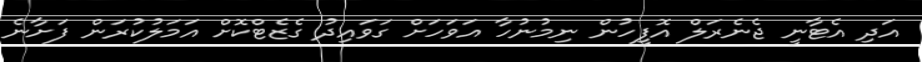
އަދި އެޓާނީ ޖެނެރަލް އޮފީހުން ނިމުނުހާ އަވަހަށް ގަވައިދު ގެޒެޓްކޮށް އަމަލުކުރަން ފަށާނެ